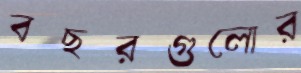
বছরগুলোর